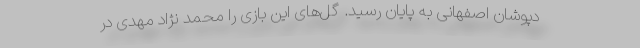
دپوشان اصفهانی به پایان رسید. گل‌های این بازی را محمد نژاد مهدی در